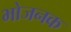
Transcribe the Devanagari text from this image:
भोजनक